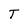
Character: T